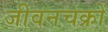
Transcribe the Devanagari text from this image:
जीवनचक्रों